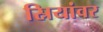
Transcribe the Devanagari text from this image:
स्रियांवर